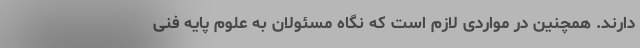
دارند. همچنین در مواردی لازم است که نگاه مسئولان به علوم پایه فنی